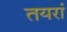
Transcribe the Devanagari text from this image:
तयरां